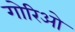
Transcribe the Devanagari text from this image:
गोरिओ